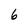
Character: 6